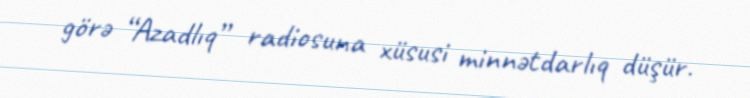
görə “Azadlıq” radiosuna xüsusi minnətdarlıq düşür.